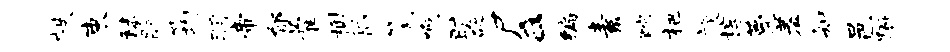
帙束秣脉筠羽帝郁藿榭稻篪啊旷砭尸a编素酡杷旋椁甍羞知邑蹰